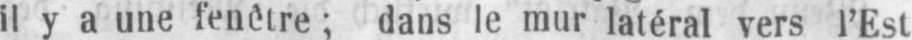
il y a une fenêtre; dans le mur latéral vers l’Est